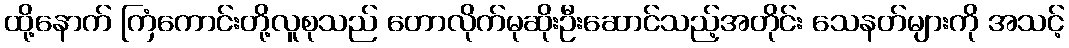
ထို့နောက် ကြံကောင်းတို့လူစုသည် တောလိုက်မုဆိုးဦးဆောင်သည့်အတိုင်း သေနတ်များကို အသင့်